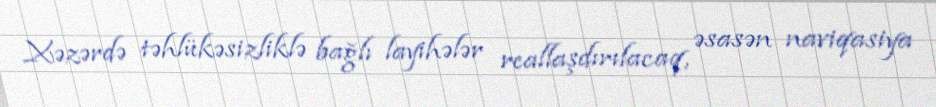
Xəzərdə təhlükəsizliklə bağlı layihələr reallaşdırılacaq, əsasən naviqasiya